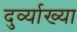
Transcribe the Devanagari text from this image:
दुर्व्याख्या